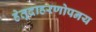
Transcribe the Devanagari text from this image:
हेतूदाहरणोपनय